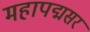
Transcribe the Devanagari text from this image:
महापद्मसर